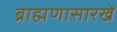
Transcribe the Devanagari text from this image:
ब्राह्मणासारखें